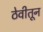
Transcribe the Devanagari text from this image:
ठेवीतून